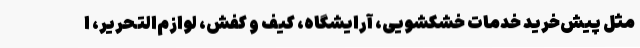
مثل پیش‌خرید خدمات خشکشویی، آرایشگاه، کیف و کفش، لوازم‌التحریر، ا